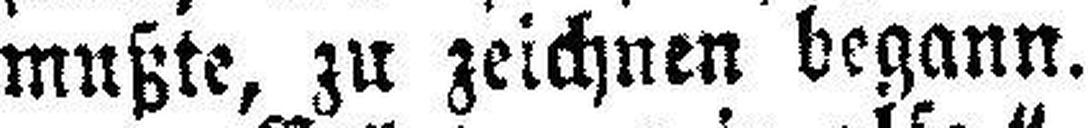
mußte, zu zeichnen begann.